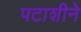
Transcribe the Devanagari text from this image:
पटाशीने